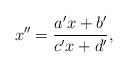
LaTeX: \begin{align*}x''=\frac{a'x+b'}{c'x+d'},\end{align*}